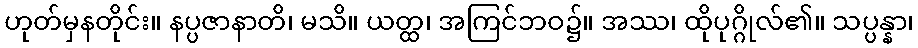
ဟုတ်မှနတိုင်း။ နပ္ပဇာနာတိ၊ မသိ။ ယတ္ထ၊ အကြင်ဘဝ၌။ အဿ၊ ထိုပုဂ္ဂိုလ်၏။ သပ္ပန္နာ၊